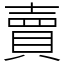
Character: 賣